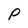
Character: P